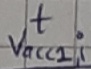
Text: t Vacc1,i